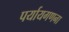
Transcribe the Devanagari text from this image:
पर्यायगणना